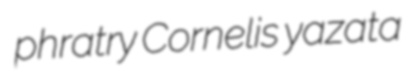
phratry Cornelis yazata